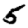
Digit: 5